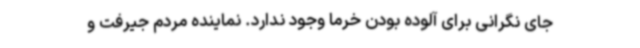
جای نگرانی برای آلوده بودن خرما وجود ندارد. نماینده مردم جیرفت و